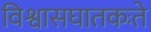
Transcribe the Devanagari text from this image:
विश्वासघातकःते